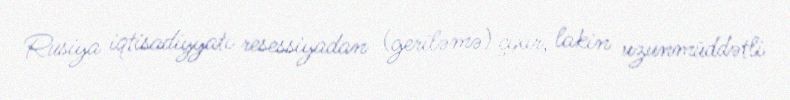
Rusiya iqtisadiyyatı resessiyadan (geriləmə) çıxır, lakin uzunmüddətli